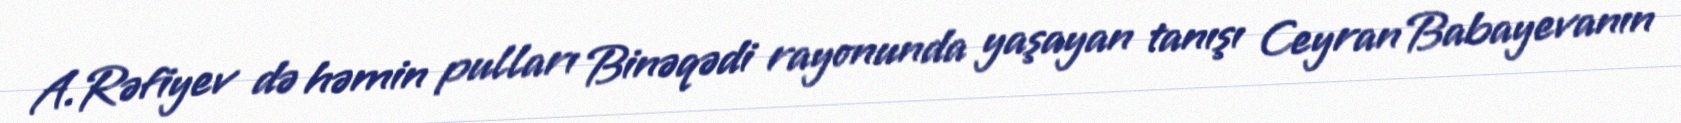
A.Rəfiyev də həmin pulları Binəqədi rayonunda yaşayan tanışı Ceyran Babayevanın